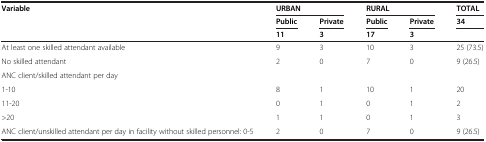
| Variable | <COLSPAN=2> URBAN | <COLSPAN=2> RURAL | TOTAL |
 |  | Public | Private | Public | Private | 34 |
 |  | 11 | 3 | 17 | 3 |  |
 | --- | --- | --- | --- | --- | --- |
 | At least one skilled attendant available | 9 | 3 | 10 | 3 | 25 (73.5) |
 | No skilled attendant | 2 | 0 | 7 | 0 | 9 (26.5) |
 | <COLSPAN=6> ANC client/skilled attendant per day |
 | 1-10 | 8 | 1 | 10 | 1 | 20 |
 | 11-20 | 0 | 1 | 0 | 1 | 2 |
 | >20 | 1 | 1 | 0 | 1 | 3 |
 | ANC client/unskilled attendant per day in facility without skilled personnel: 0-5 | 2 | 0 | 7 | 0 | 9 (26.5) |